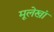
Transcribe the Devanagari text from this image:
मूलेखां